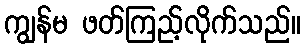
ကျွန်မ ဖတ်ကြည့်လိုက်သည်။